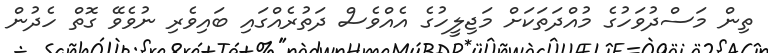
ތިން މަސްދުވަހުގެ މުއްދަތަކަށް މަޖިލީހުގެ އެއްވެސް ދަތުރެއްގައި ބައިވެރި ނުވެވޭ ގޮތް ހެދުން